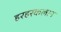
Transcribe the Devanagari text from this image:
हरहरकलान